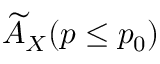
\widetilde { A } _ { X } ( p \leq p _ { 0 } )